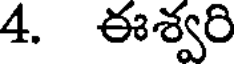
4. ఈశ్వరి